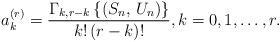
LaTeX: \begin{align*}a_{k}^{(r)}=\frac{\Gamma _{k,r-k}\left\{ \left( S_{n},\,U_{n}\right)\right\} }{k!\,(r-k)!},k=0,1,\ldots ,r. \end{align*}